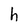
Character: h